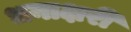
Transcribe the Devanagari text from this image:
धनाक्षरी